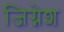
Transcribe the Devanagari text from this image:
जिग्नेश